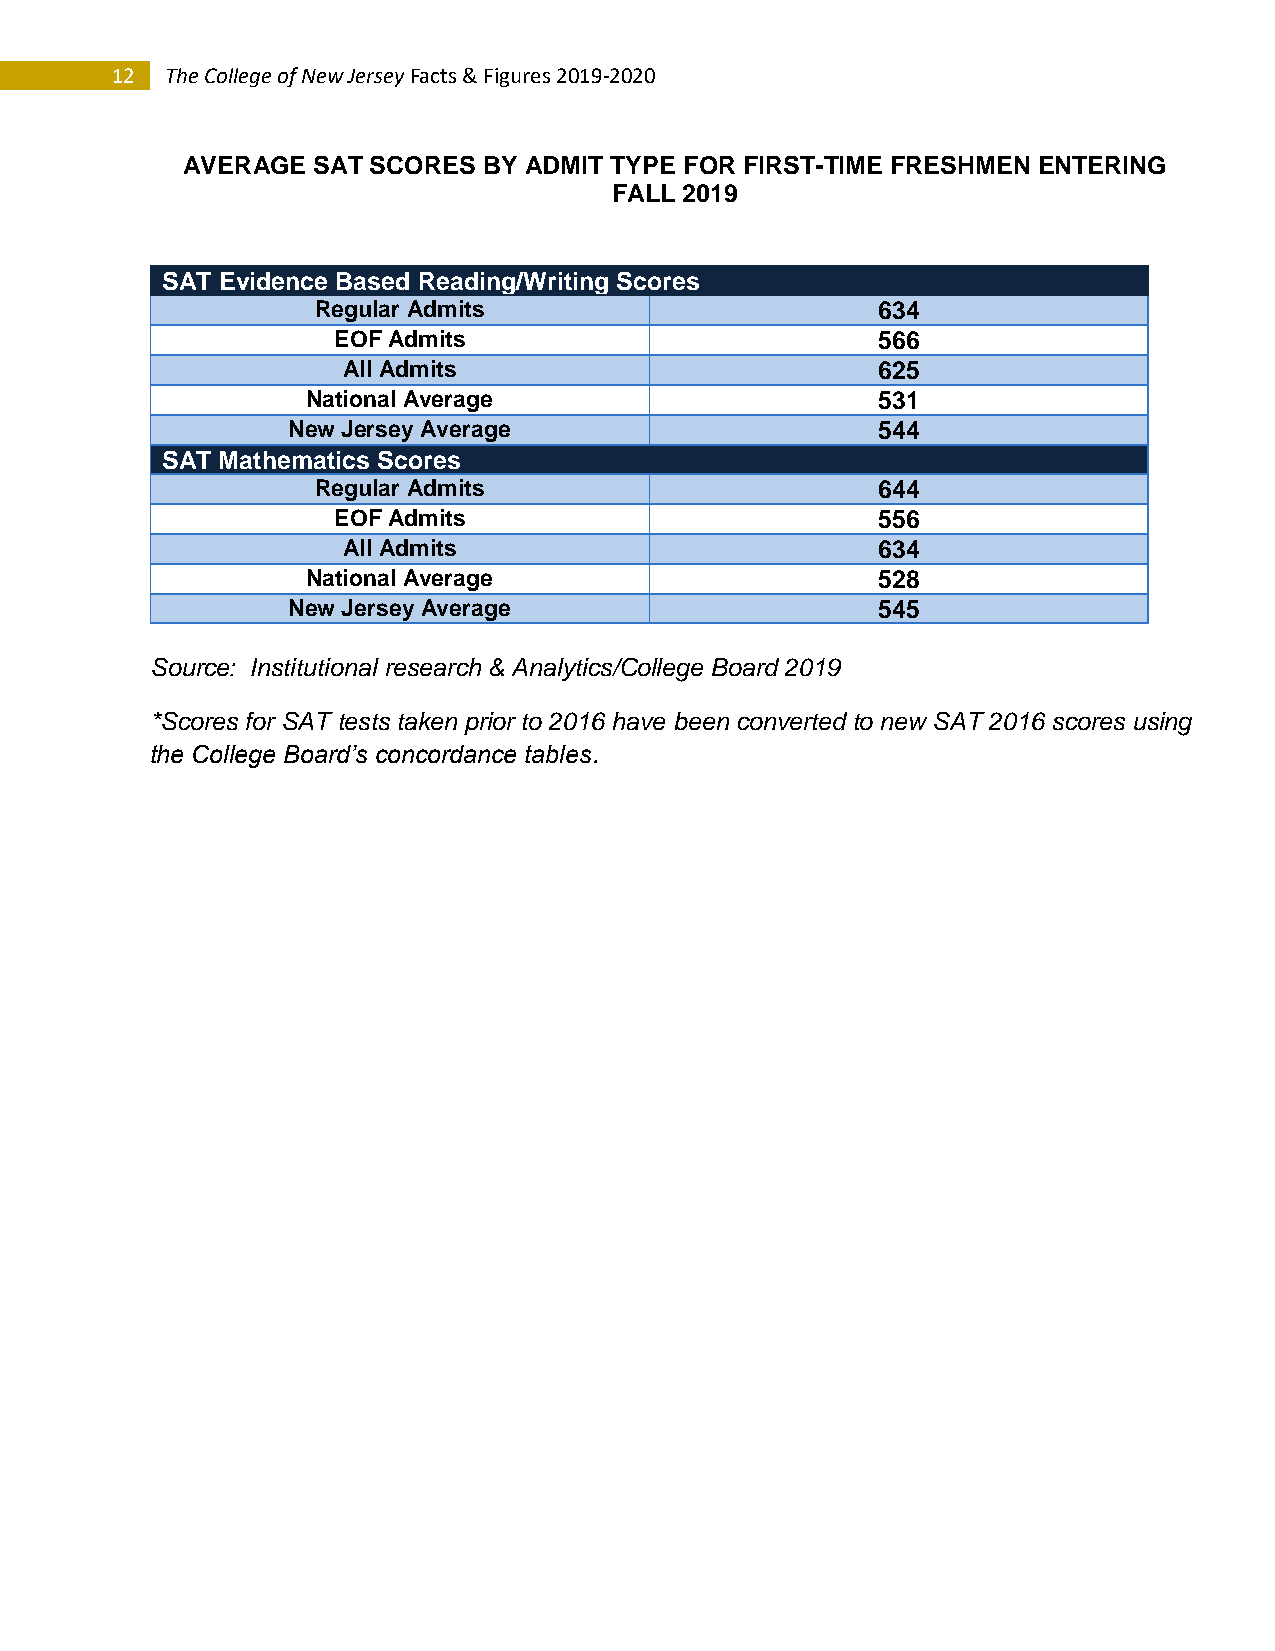
12  The College of New Jersey Facts & Figures 2019-2020
 AVERAGE  SAT SCORES BY ADMIT TYPE FOR FIRST-TIME FRESHMEN ENTERING
 FALL 2019
 SAT Evidence Based Reading/Writing Scores
 Regular Admits                       634
 EOF Admits                          566
 All Admits                         625
 National Average                      531
 New Jersey Average                     544
 SAT Mathematics Scores
 Regular Admits                       644
 EOF Admits                          556
 All Admits                         634
 National Average                      528
 New Jersey Average                     545
 Source: Institutional research & Analytics/College Board 2019
 *Scores for SAT tests taken prior to 2016 have been converted to new SAT 2016 scores using
 the College Board’s concordance tables.